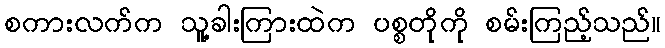
စကားလက်က သူ့ခါးကြားထဲက ပစ္စတိုကို စမ်းကြည့်သည်။